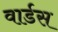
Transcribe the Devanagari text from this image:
वार्डस